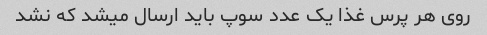
روی هر پرس غذا یک عدد سوپ باید ارسال میشد که نشد